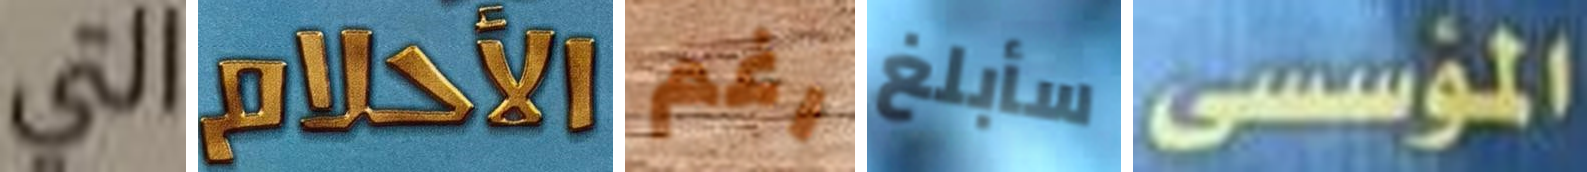
التي الأحلام رغم سأبلغ المؤسسى